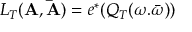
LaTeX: L _ { T } ( { \bf A } , { \bf \bar { A } } ) = e ^ { * } ( Q _ { T } ( \omega . \bar { \omega } ) )